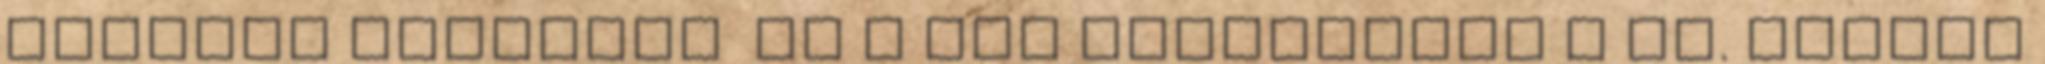
vanília fagylalt Ez a szó összecseng a St. Andrea